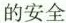
的安全